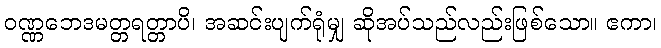
ဝဏ္ဏဘေဒမတ္တရတ္တာပိ၊ အဆင်းပျက်ရုံမျှ ဆိုအပ်သည်လည်းဖြစ်သော။ ဧကာ၊